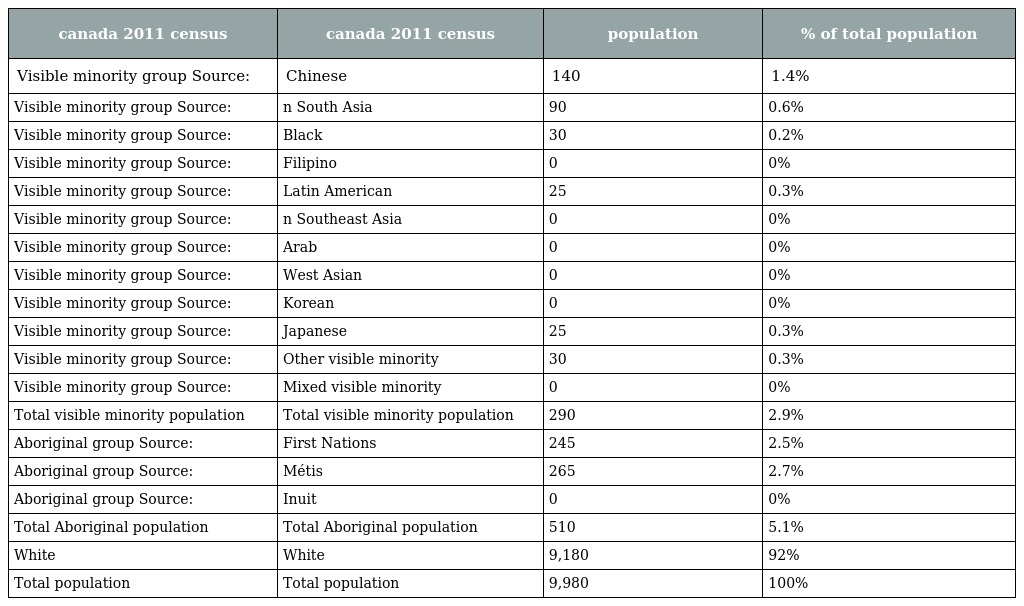
| canada 2011 census | canada 2011 census | population | % of total population |
 | --- | --- | --- | --- |
 | Visible minority group Source: | Chinese | 140 | 1.4% |
 | Visible minority group Source: | n South Asia | 90 | 0.6% |
 | Visible minority group Source: | Black | 30 | 0.2% |
 | Visible minority group Source: | Filipino | 0 | 0% |
 | Visible minority group Source: | Latin American | 25 | 0.3% |
 | Visible minority group Source: | n Southeast Asia | 0 | 0% |
 | Visible minority group Source: | Arab | 0 | 0% |
 | Visible minority group Source: | West Asian | 0 | 0% |
 | Visible minority group Source: | Korean | 0 | 0% |
 | Visible minority group Source: | Japanese | 25 | 0.3% |
 | Visible minority group Source: | Other visible minority | 30 | 0.3% |
 | Visible minority group Source: | Mixed visible minority | 0 | 0% |
 | Total visible minority population | Total visible minority population | 290 | 2.9% |
 | Aboriginal group Source: | First Nations | 245 | 2.5% |
 | Aboriginal group Source: | Métis | 265 | 2.7% |
 | Aboriginal group Source: | Inuit | 0 | 0% |
 | Total Aboriginal population | Total Aboriginal population | 510 | 5.1% |
 | White | White | 9,180 | 92% |
 | Total population | Total population | 9,980 | 100% |